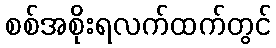
စစ်အစိုးရလက်ထက်တွင်